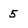
Character: 5